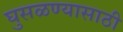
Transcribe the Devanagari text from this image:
घुसळण्यासाठी